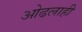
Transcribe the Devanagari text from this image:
ओढलाही